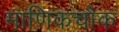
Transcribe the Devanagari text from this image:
माणिकचौक